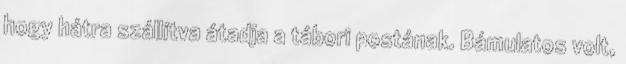
hogy hátra szállítva átadja a tábori postának. Bámulatos volt,